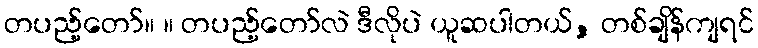
တပည့်တော်။ ။ တပည့်တော်လဲ ဒီလိုပဲ ယူဆပါတယ်, တစ်ချိန်ကျရင်